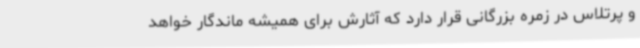
و پرتلاس در زمره بزرگانی قرار دارد که آثارش برای همیشه ماندگار خواهد